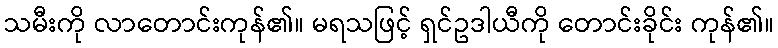
သမီးကို လာတောင်းကုန်၏။ မရသဖြင့် ရှင်ဥဒါယီကို တောင်းခိုင်း ကုန်၏။